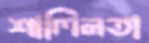
শালিনতা